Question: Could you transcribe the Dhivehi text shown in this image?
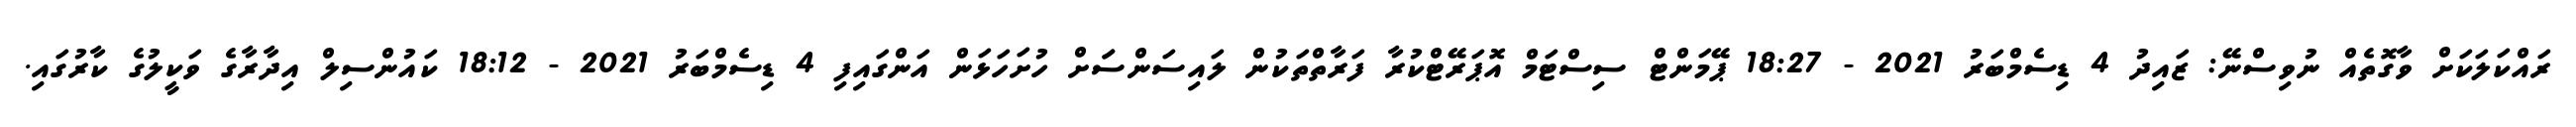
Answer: ރައްކަލަކަށް ވާގޮތެއް ނުވިސްނޭ: ޒައިދު 4 ޑިސެމްބަރު 2021 - 18:27 ޕޭމަންޓް ސިސްޓަމް އޮޕަރޭޓްކުރާ ފަރާތްތަކުން ލައިސަންސަަށް ހުށަހަޅަން އަންގައިފި 4 ޑިސެމްބަރު 2021 - 18:12 ކައުންސިލް އިދާރާގެ ވަކީލުގެ ކާރުގައި.